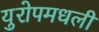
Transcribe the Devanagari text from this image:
युरोपमधली